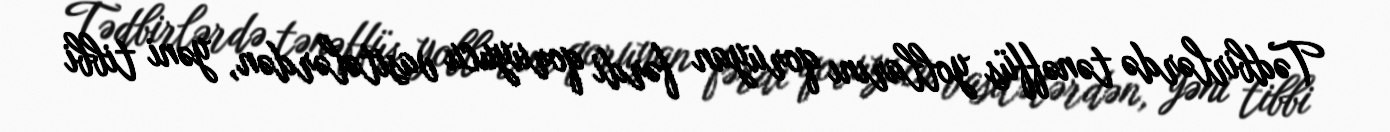
Tədbirlərdə tənəffüs yollarını qoruyan fərdi qoruyucu vasitələrdən, yəni tibbi